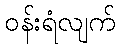
ဝန်းရံလျက်